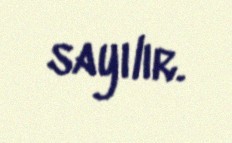
sayılır.